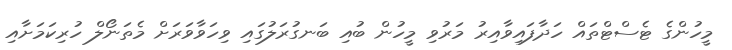
މީހުންގެ ޓެސްޓްތައް ހަދާފައިވާއިރު މަރުވި މީހުން ބުއި ބަނގުރަލުގައި ވިހަވާވަރަށް މެތަނޯލް ހުރިކަމަށާއި